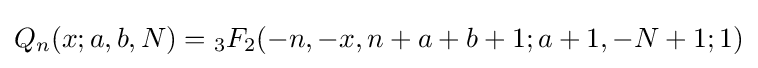
Q_{n}(x;a,b,N)={}_{3}F_{2}(-n,-x,n+a+b+1;a+1,-N+1;1)